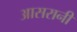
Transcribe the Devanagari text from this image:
आसरानी